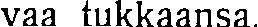
vaa tukkaansa.